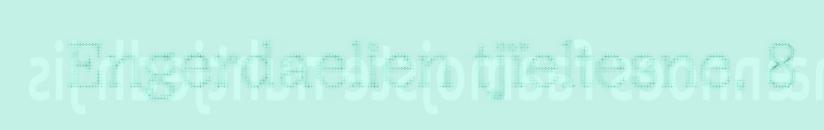
Engerdaelien tjïeltesne, 8